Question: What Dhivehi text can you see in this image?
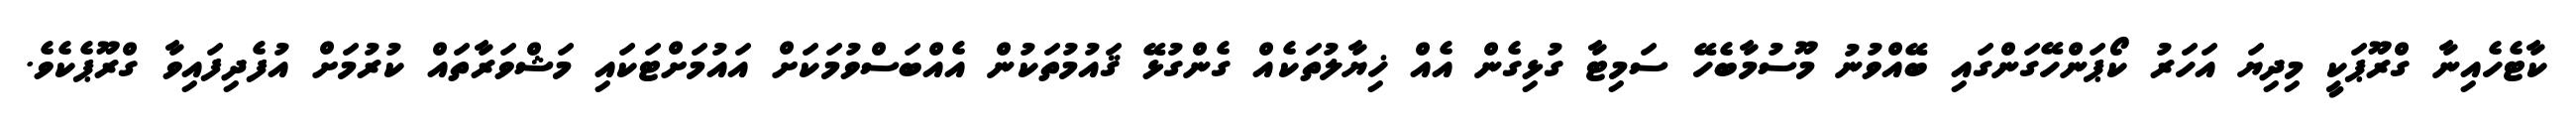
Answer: ކާޓެހެއިނާ ގްރޫޕަކީ މިދިޔަ އަހަރު ކޯޕަންހޭގަންގައި ބޭއްވުނު މޫސުމާބެހޭ ސަމިޓާ ގުޅިގެން އެއް ޚިޔާލުތަކެއް ގެންގުޅޭ ޤައުމުތަކުން އެއްބަސްވުމަކަށް އައުމަށްޓަކައި މަޝްވަރާތައް ކުރުމަށް އުފެދިފައިވާ ގްރޫޕެކެވެ.